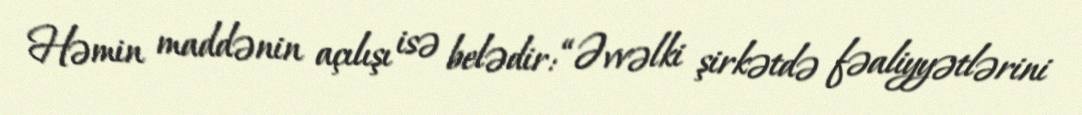
Həmin maddənin açılışı isə belədir: “Əvvəlki şirkətdə fəaliyyətlərini